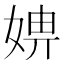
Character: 𡞑